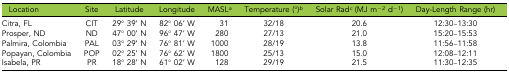
| Location | Site | Latitude | Longitude | MASLa | Temperature (°)b | Solar Radc (MJ m−2 d−1) | Day-Length Range (hr) |
 | --- | --- | --- | --- | --- | --- | --- | --- |
 | Citra, FL | CIT | 29° 39’ N | 82° 06’ W | 31 | 32/18 | 20.6 | 12:30–13:30 |
 | Prosper, ND | ND | 47° 00’ N | 96° 47’ W | 280 | 27/13 | 21.0 | 15:20–15:53 |
 | Palmira, Colombia | PAL | 03° 29’ N | 76° 81’ W | 1000 | 28/19 | 13.8 | 11:56–11:58 |
 | Popayan, Colombia | POP | 02° 25’ N | 76° 62’ W | 1800 | 25/13 | 15.0 | 12:08–12:11 |
 | Isabela, PR | PR | 18° 28’ N | 61° 02’ W | 128 | 29/19 | 21.5 | 11:30–12:35 |